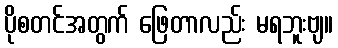
ပိုစတင်အတွက် ဖြေတာလည်း မရဘူးဗျ။